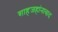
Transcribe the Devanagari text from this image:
शाहजहांनाबाद